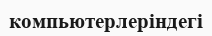
компьютерлеріндегі